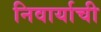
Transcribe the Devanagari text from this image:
निवार्याची